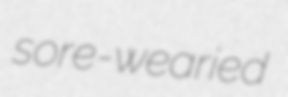
sore-wearied